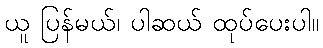
ယူ ပြန်မယ်၊ ပါဆယ် ထုပ်ပေးပါ။